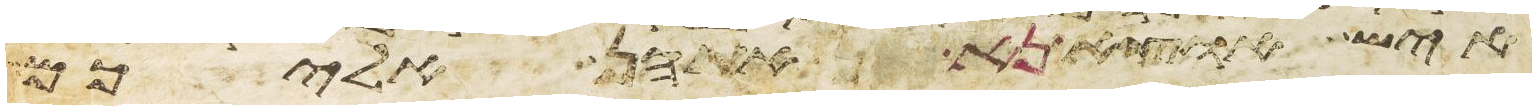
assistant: איש הוציא נא אתהן אליכם